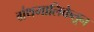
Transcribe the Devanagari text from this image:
ग्रंथमालिकेतून